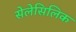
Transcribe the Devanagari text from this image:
सेलेसिलिक